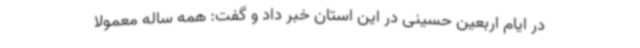
در ایام اربعین حسینی در این استان خبر داد و گفت: همه ساله معمولاً